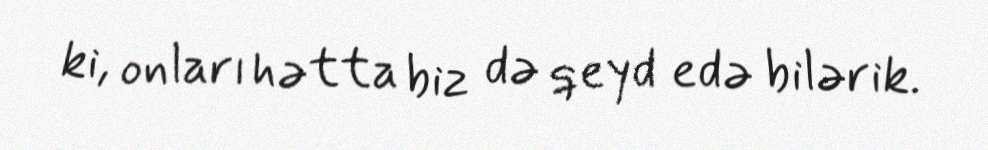
ki, onları hətta biz də qeyd edə bilərik.